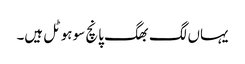
یہاں لگ بھگ پانچ سو ہوٹل ہیں۔